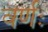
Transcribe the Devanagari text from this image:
वर्णः